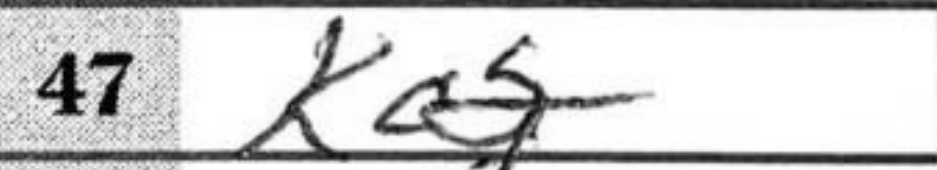
Transcription: Kc2